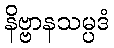
နိဗ္ဗာနသမ္ပဒံ